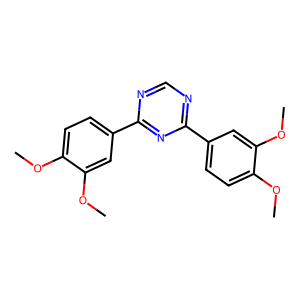
SMILES: COc1ccc(-c2ncnc(-c3ccc(OC)c(OC)c3)n2)cc1OC
Inhibits HIV replication: No